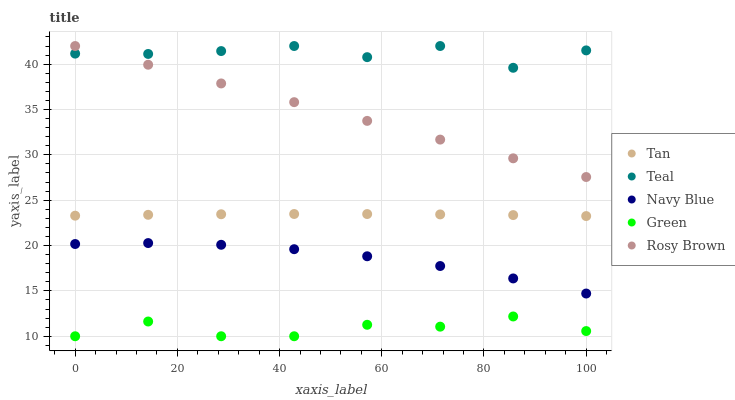
| xaxis_label | Tan | Teal | Navy Blue | Green | Rosy Brown |
 | --- | --- | --- | --- | --- | --- |
 | 0 | 23.3 | 41.2 | 20.2 | 10 | 42 |
 | 14.3 | 23.4 | 41.1 | 20.3 | 11.6 | 39.9 |
 | 28.6 | 23.5 | 41.4 | 20.1 | 10 | 37.9 |
 | 42.9 | 23.5 | 42 | 19.6 | 10 | 35.8 |
 | 57.1 | 23.5 | 40.8 | 18.8 | 11.3 | 33.7 |
 | 71.4 | 23.4 | 42 | 17.7 | 11.1 | 31.7 |
 | 85.7 | 23.4 | 39.6 | 16.4 | 12.2 | 29.6 |
 | 100 | 23.3 | 41.5 | 14.7 | 10.6 | 27.6 |